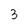
Character: 3